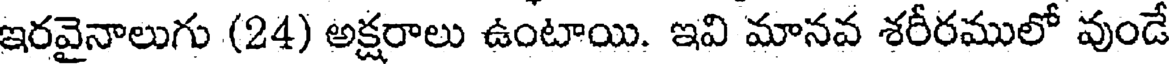
ఇరవైనాలుగు (24) అక్షరాలు ఉంటాయి. ఇవి మానవ శరీరములో వుండే